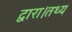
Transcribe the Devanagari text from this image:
द्वारा।तथ्य